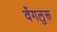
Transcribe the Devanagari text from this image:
वेंगलुरू